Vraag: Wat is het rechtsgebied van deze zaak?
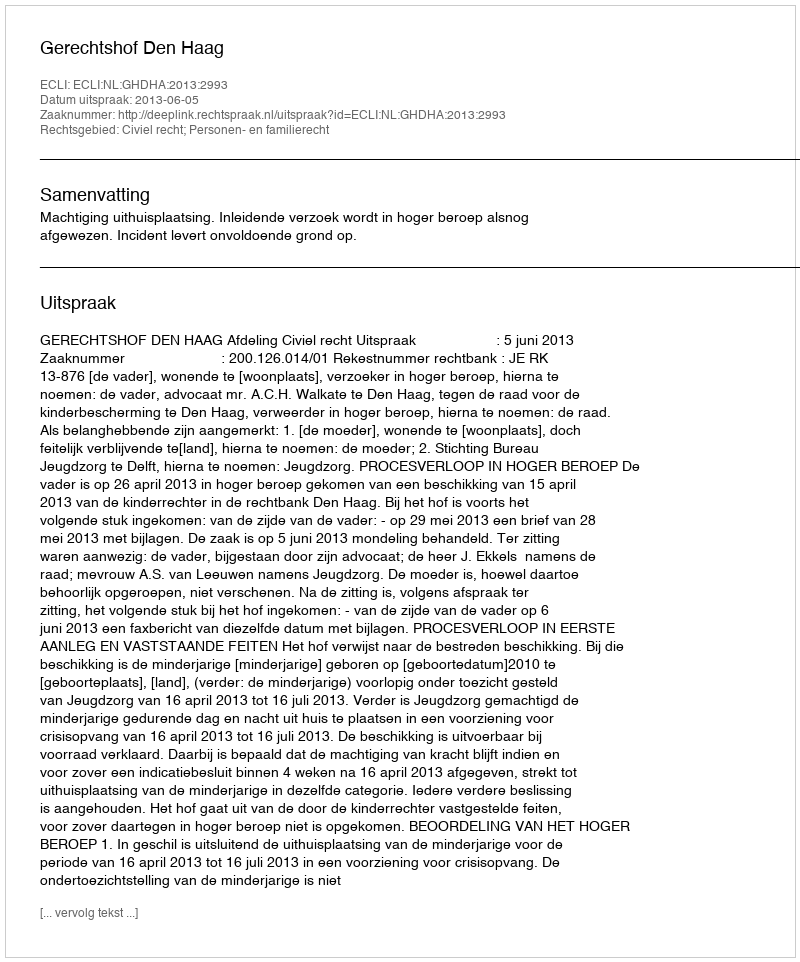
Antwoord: Civiel recht; Personen- en familierecht